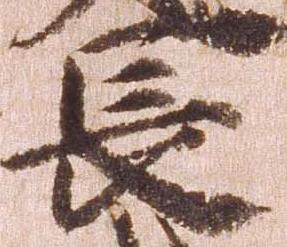
長